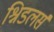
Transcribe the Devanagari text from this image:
श्निडलर्स